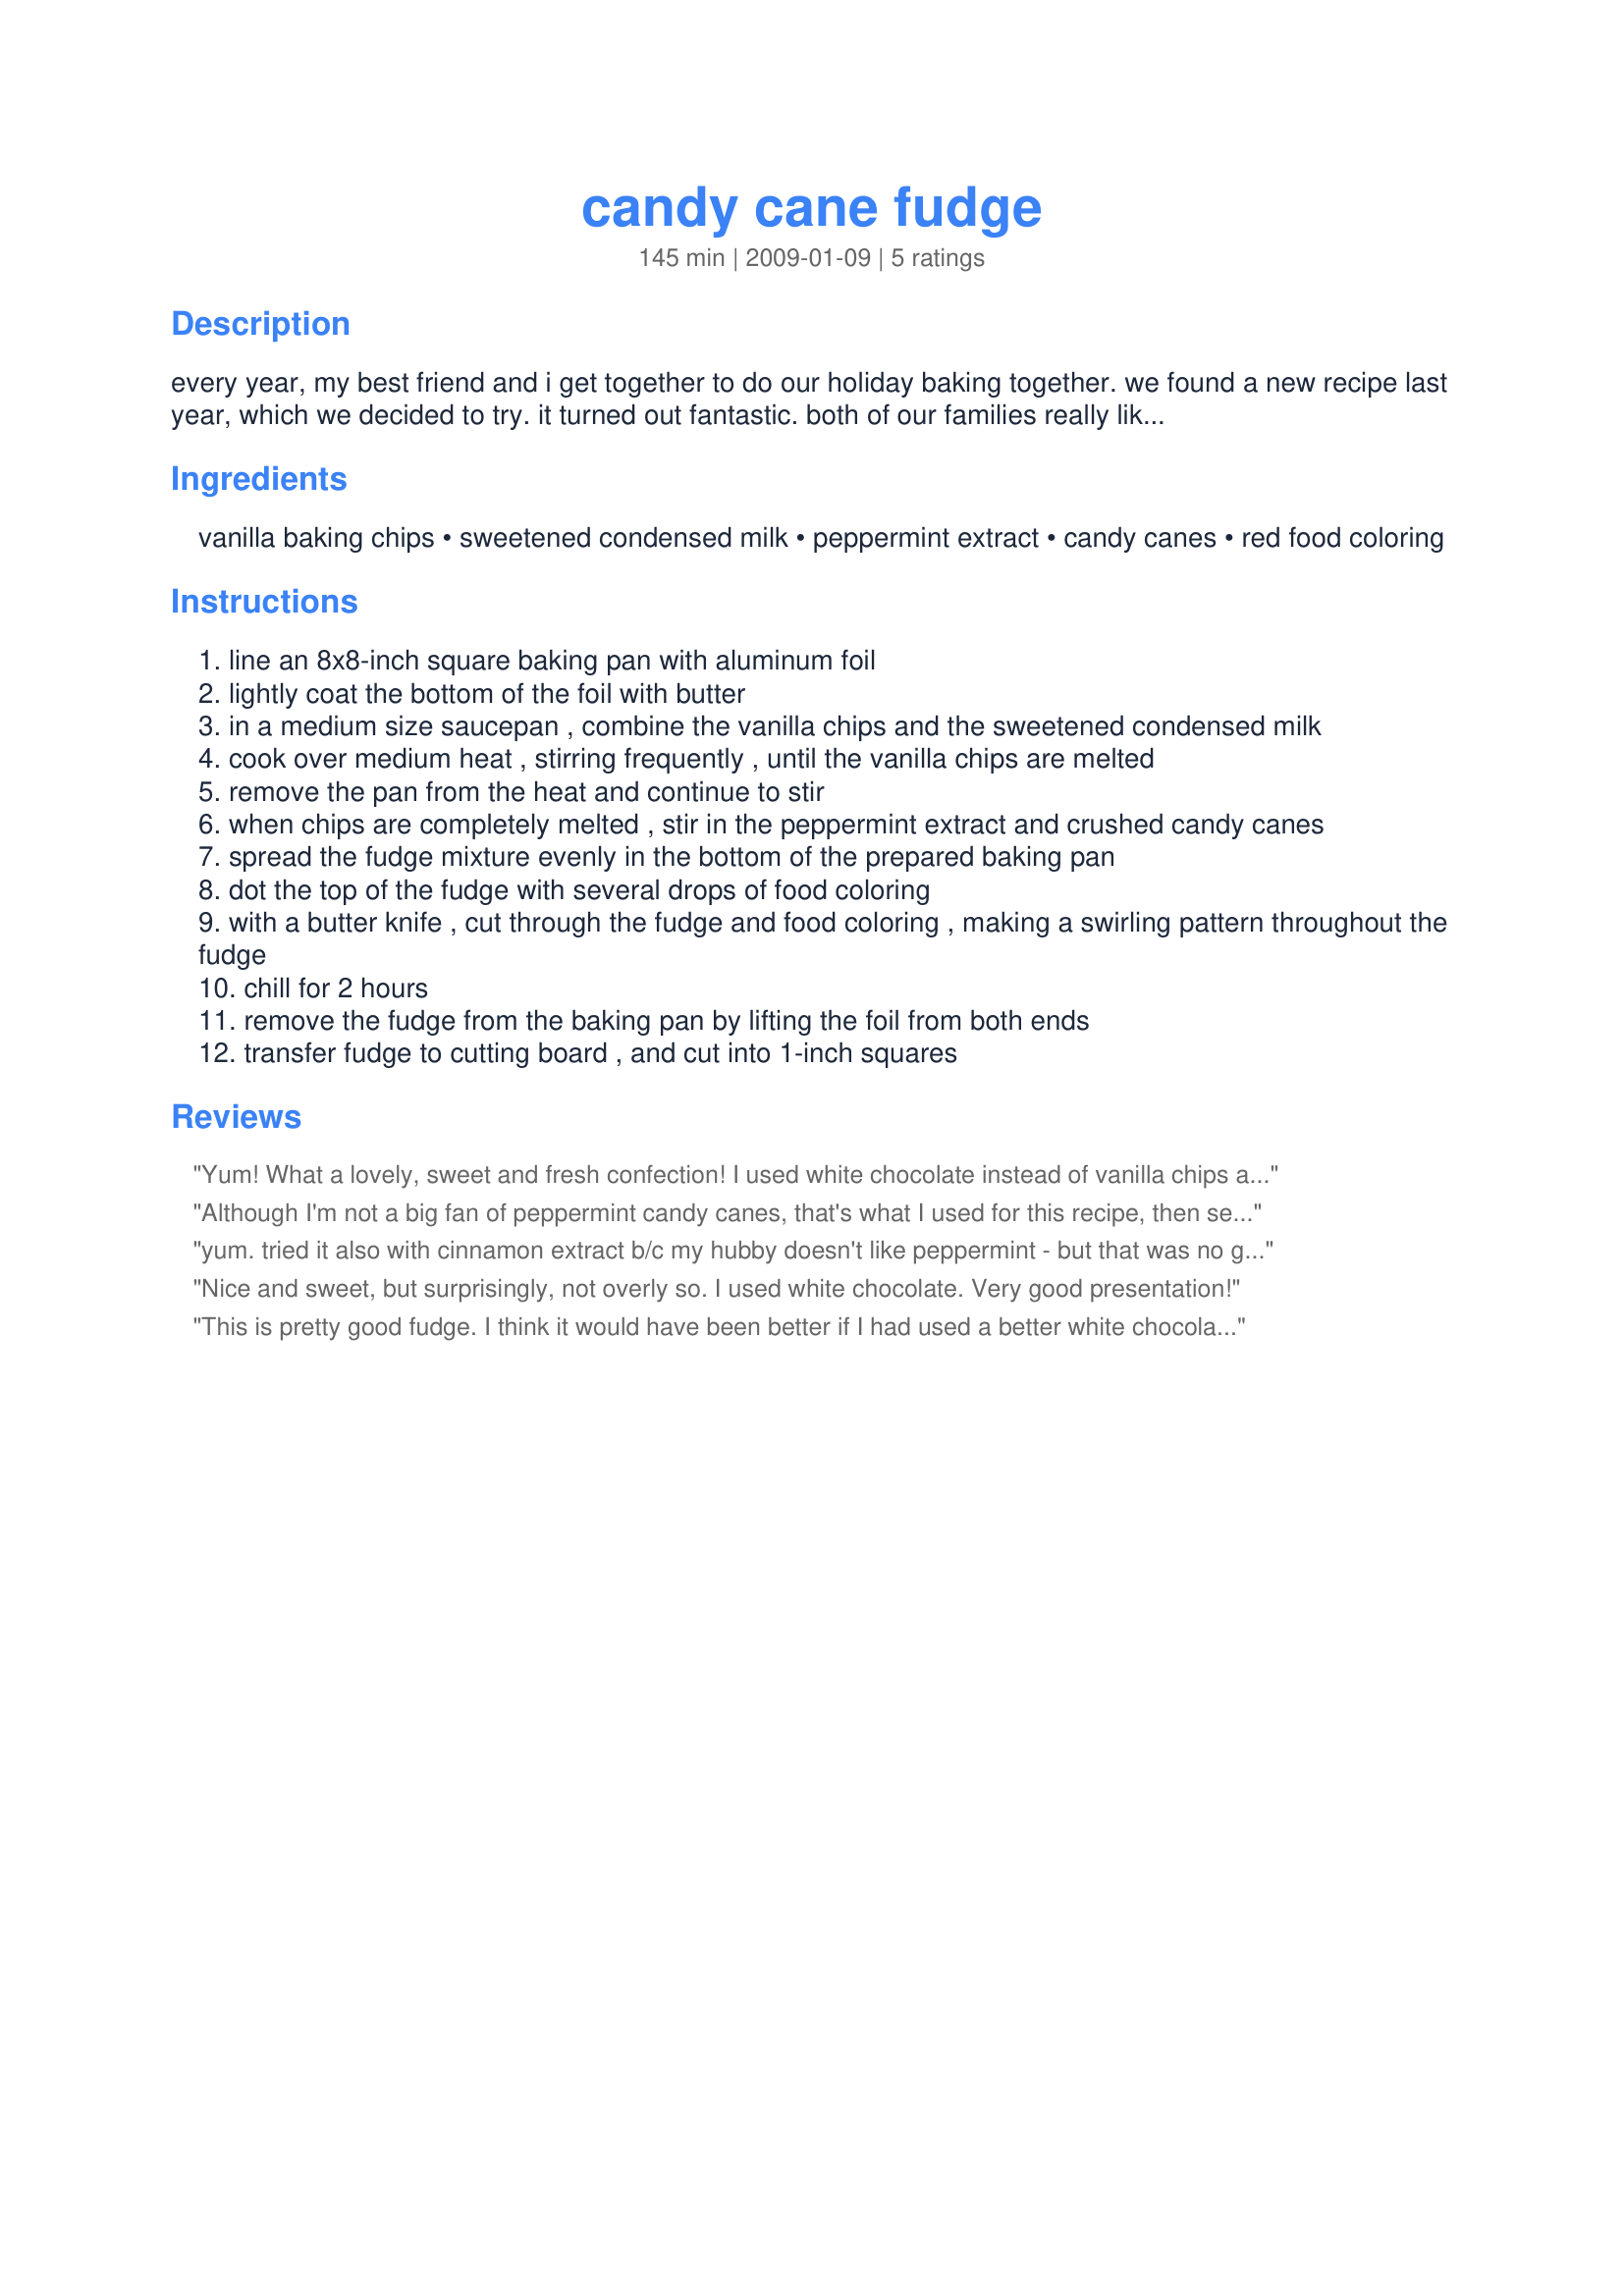
candy cane fudge
Preparation time: 145 minutes

every year, my best friend and i get together to do our holiday baking together. we found a new recipe last year, which we decided to try. it turned out fantastic. both of our families really liked this fudge. so i thought i would post the recipe here, for others to enjoy. it's quick to fix (only about 15-20 minutes) and it's very easy as candy-making goes. the cooking time listed below is the minimum chilling time needed for the fudge to "set" well enough to cut into individual serving pieces.

Ingredients:
vanilla baking chips, sweetened condensed milk, peppermint extract, candy canes, red food coloring

Steps:
line an 8x8-inch square baking pan with aluminum foil
lightly coat the bottom of the foil with butter
in a medium size saucepan , combine the vanilla chips and the sweetened condensed milk
cook over medium heat , stirring frequently , until the vanilla chips are melted
remove the pan from the heat and continue to stir
when chips are completely melted , stir in the peppermint extract and crushed candy canes
spread the fudge mixture evenly in the bottom of the prepared baking pan
dot the top of the fudge with several drops of food coloring
with a butter knife , cut through the fudge and food coloring , making a swirling pattern throughout the fudge
chill for 2 hours
remove the fudge from the baking pan by lifting the foil from both ends
transfer fudge to cutting board , and cut into 1-inch squares

Reviews:
Yum! What a lovely, sweet and fresh confection! I used white chocolate instead of vanilla chips and a 9" pan. About 250 g of polkagrisar yielded the 1,5 c of crushed peppermint candy needed! Very good - will become a Christmas staple! Thank you NorthwestGal!
Although I'm not a big fan of peppermint candy canes, that's what I used for this recipe, then sent it off with my other half to share at work ~ Big success, there, so I can't complain! AND, I'd so fascinated by the way it all turned out, that I'm now keeping an eye out for non-peppermint canes (I KNOW they're out there) to use in making another batch of this fudge ~ I definitely want to have it around for the winter holidays! [Made & reviewed for one of my co-hosts during the current Pick A Chef]
yum. tried it also with cinnamon extract b/c my hubby doesn't like peppermint - but that was no good - definitely better with peppermint so i will stick with the peppermint and anyone who doesn't like it doesn't get any! :D
Nice and sweet, but surprisingly, not overly so. I used white chocolate. Very good presentation!
This is pretty good fudge. I think it would have been better if I had used a better white chocolate. I used toll house chips. I also didn't have even 3/4 tsp peppermint and ended up using 1/2 which seemed perfect to me - not too much but enough to flavor it. I opted to leave out the food coloring.
